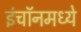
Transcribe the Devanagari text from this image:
इंचॉनमध्ये